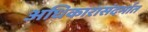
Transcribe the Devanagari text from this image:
अधिकारासंदर्भात